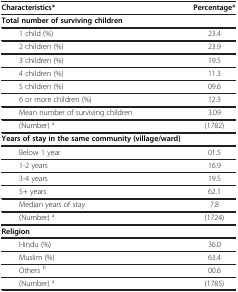
| Characteristics* | Percentage* |
 | --- | --- |
 | Total number of surviving children |  |
 | 1 child (%) | 23.4 |
 | 2 children (%) | 23.9 |
 | 3 children (%) | 19.5 |
 | 4 children (%) | 11.3 |
 | 5 children (%) | 09.6 |
 | 6 or more children (%) | 12.3 |
 | Mean number of surviving children | 3.09 |
 | (Number) a | (1782) |
 | Years of stay in the same community (village/ward) |  |
 | Below 1 year | 01.5 |
 | 1-2 years | 16.9 |
 | 3-4 years | 19.5 |
 | 5+ years | 62.1 |
 | Median years of stay | 7.8 |
 | (Number) a | (1724) |
 | Religion |  |
 | Hindu (%) | 36.0 |
 | Muslim (%) | 63.4 |
 | Others b | 00.6 |
 | (Number) a | (1785) |